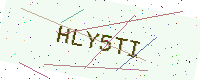
Text: HLY5TI